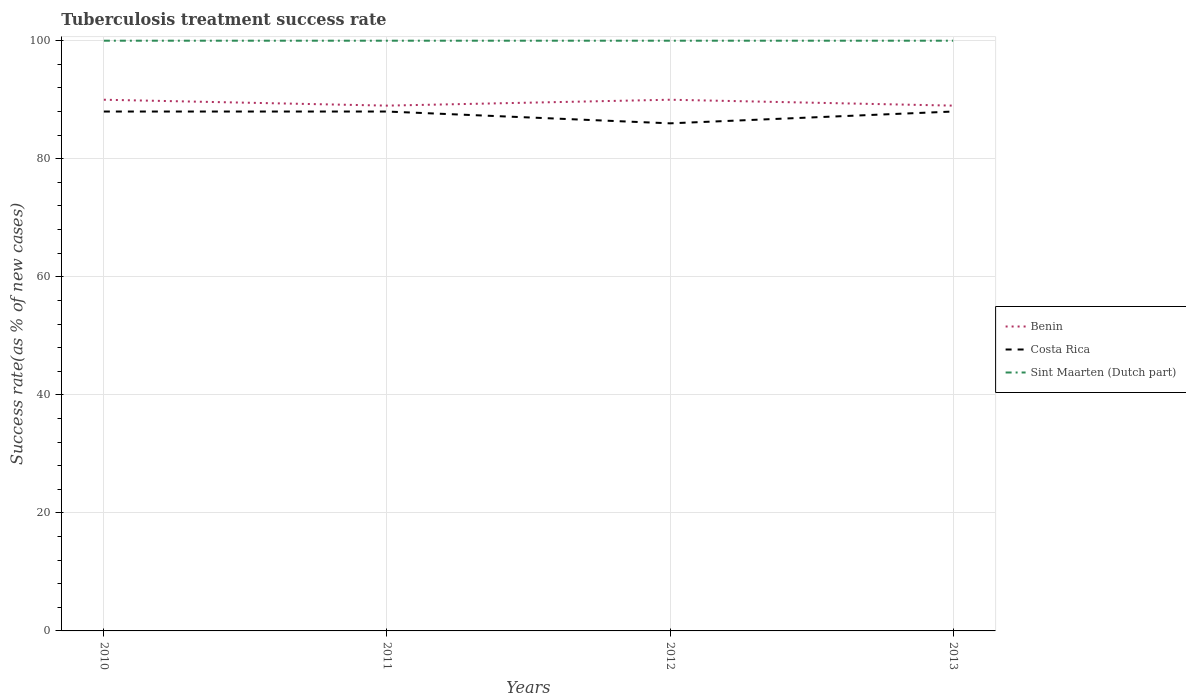
| Years | Benin | Costa Rica | Sint Maarten (Dutch part) |
 | --- | --- | --- | --- |
 | 2010 | 90 | 88 | 100 |
 | 2011 | 89 | 88 | 100 |
 | 2012 | 90 | 86 | 100 |
 | 2013 | 89 | 88 | 100 |